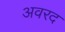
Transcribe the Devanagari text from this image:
अवरद